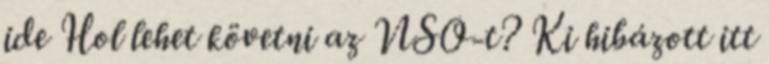
ide Hol lehet követni az NSO-t? Ki hibázott itt